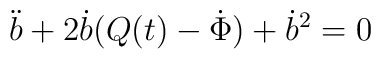
\ddot{b}+2\dot{b}(Q(t)-\dot{\Phi})+\dot{b}^{2}=0